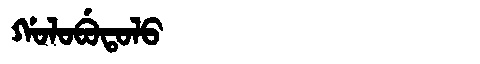
Manchu: ᡤᠣᠯᠣᠪᡠᡨᠣᠯᠣ
Romanization: GOLOBUTOLO